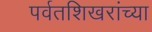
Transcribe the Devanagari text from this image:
पर्वतशिखरांच्या